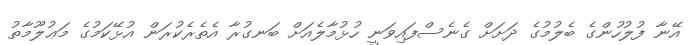
އޭނާ ފުލުހުންގެ ބެލުމުގެ ދަށަށް ގެނެސްފައިވަނީ ހުޅުމާލެއަށް ބަނގުރާ އެތެރެކުރަން އުޅޭކަމުގެ މަޢުލޫމާތު